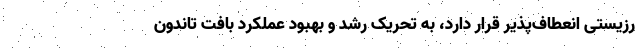
رزیستی انعطاف‌پذیر قرار دارد، به تحریک رشد و بهبود عملکرد بافت تاندون